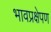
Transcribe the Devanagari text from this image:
भावप्रक्षेपण